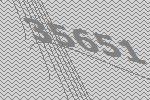
35651